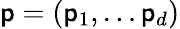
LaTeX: \mathsf{p}=(\mathsf{p}_{1},\ldots\mathsf{p}_{d})